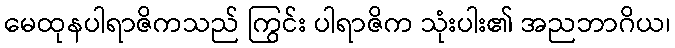
မေထုနပါရာဇိကသည် ကြွင်း ပါရာဇိက သုံးပါး၏ အညဘာဂိယ၊